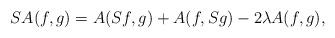
LaTeX: \begin{align*}S A(f, g) = A(S f, g) + A(f, S g) - 2 \lambda A(f, g),\end{align*}